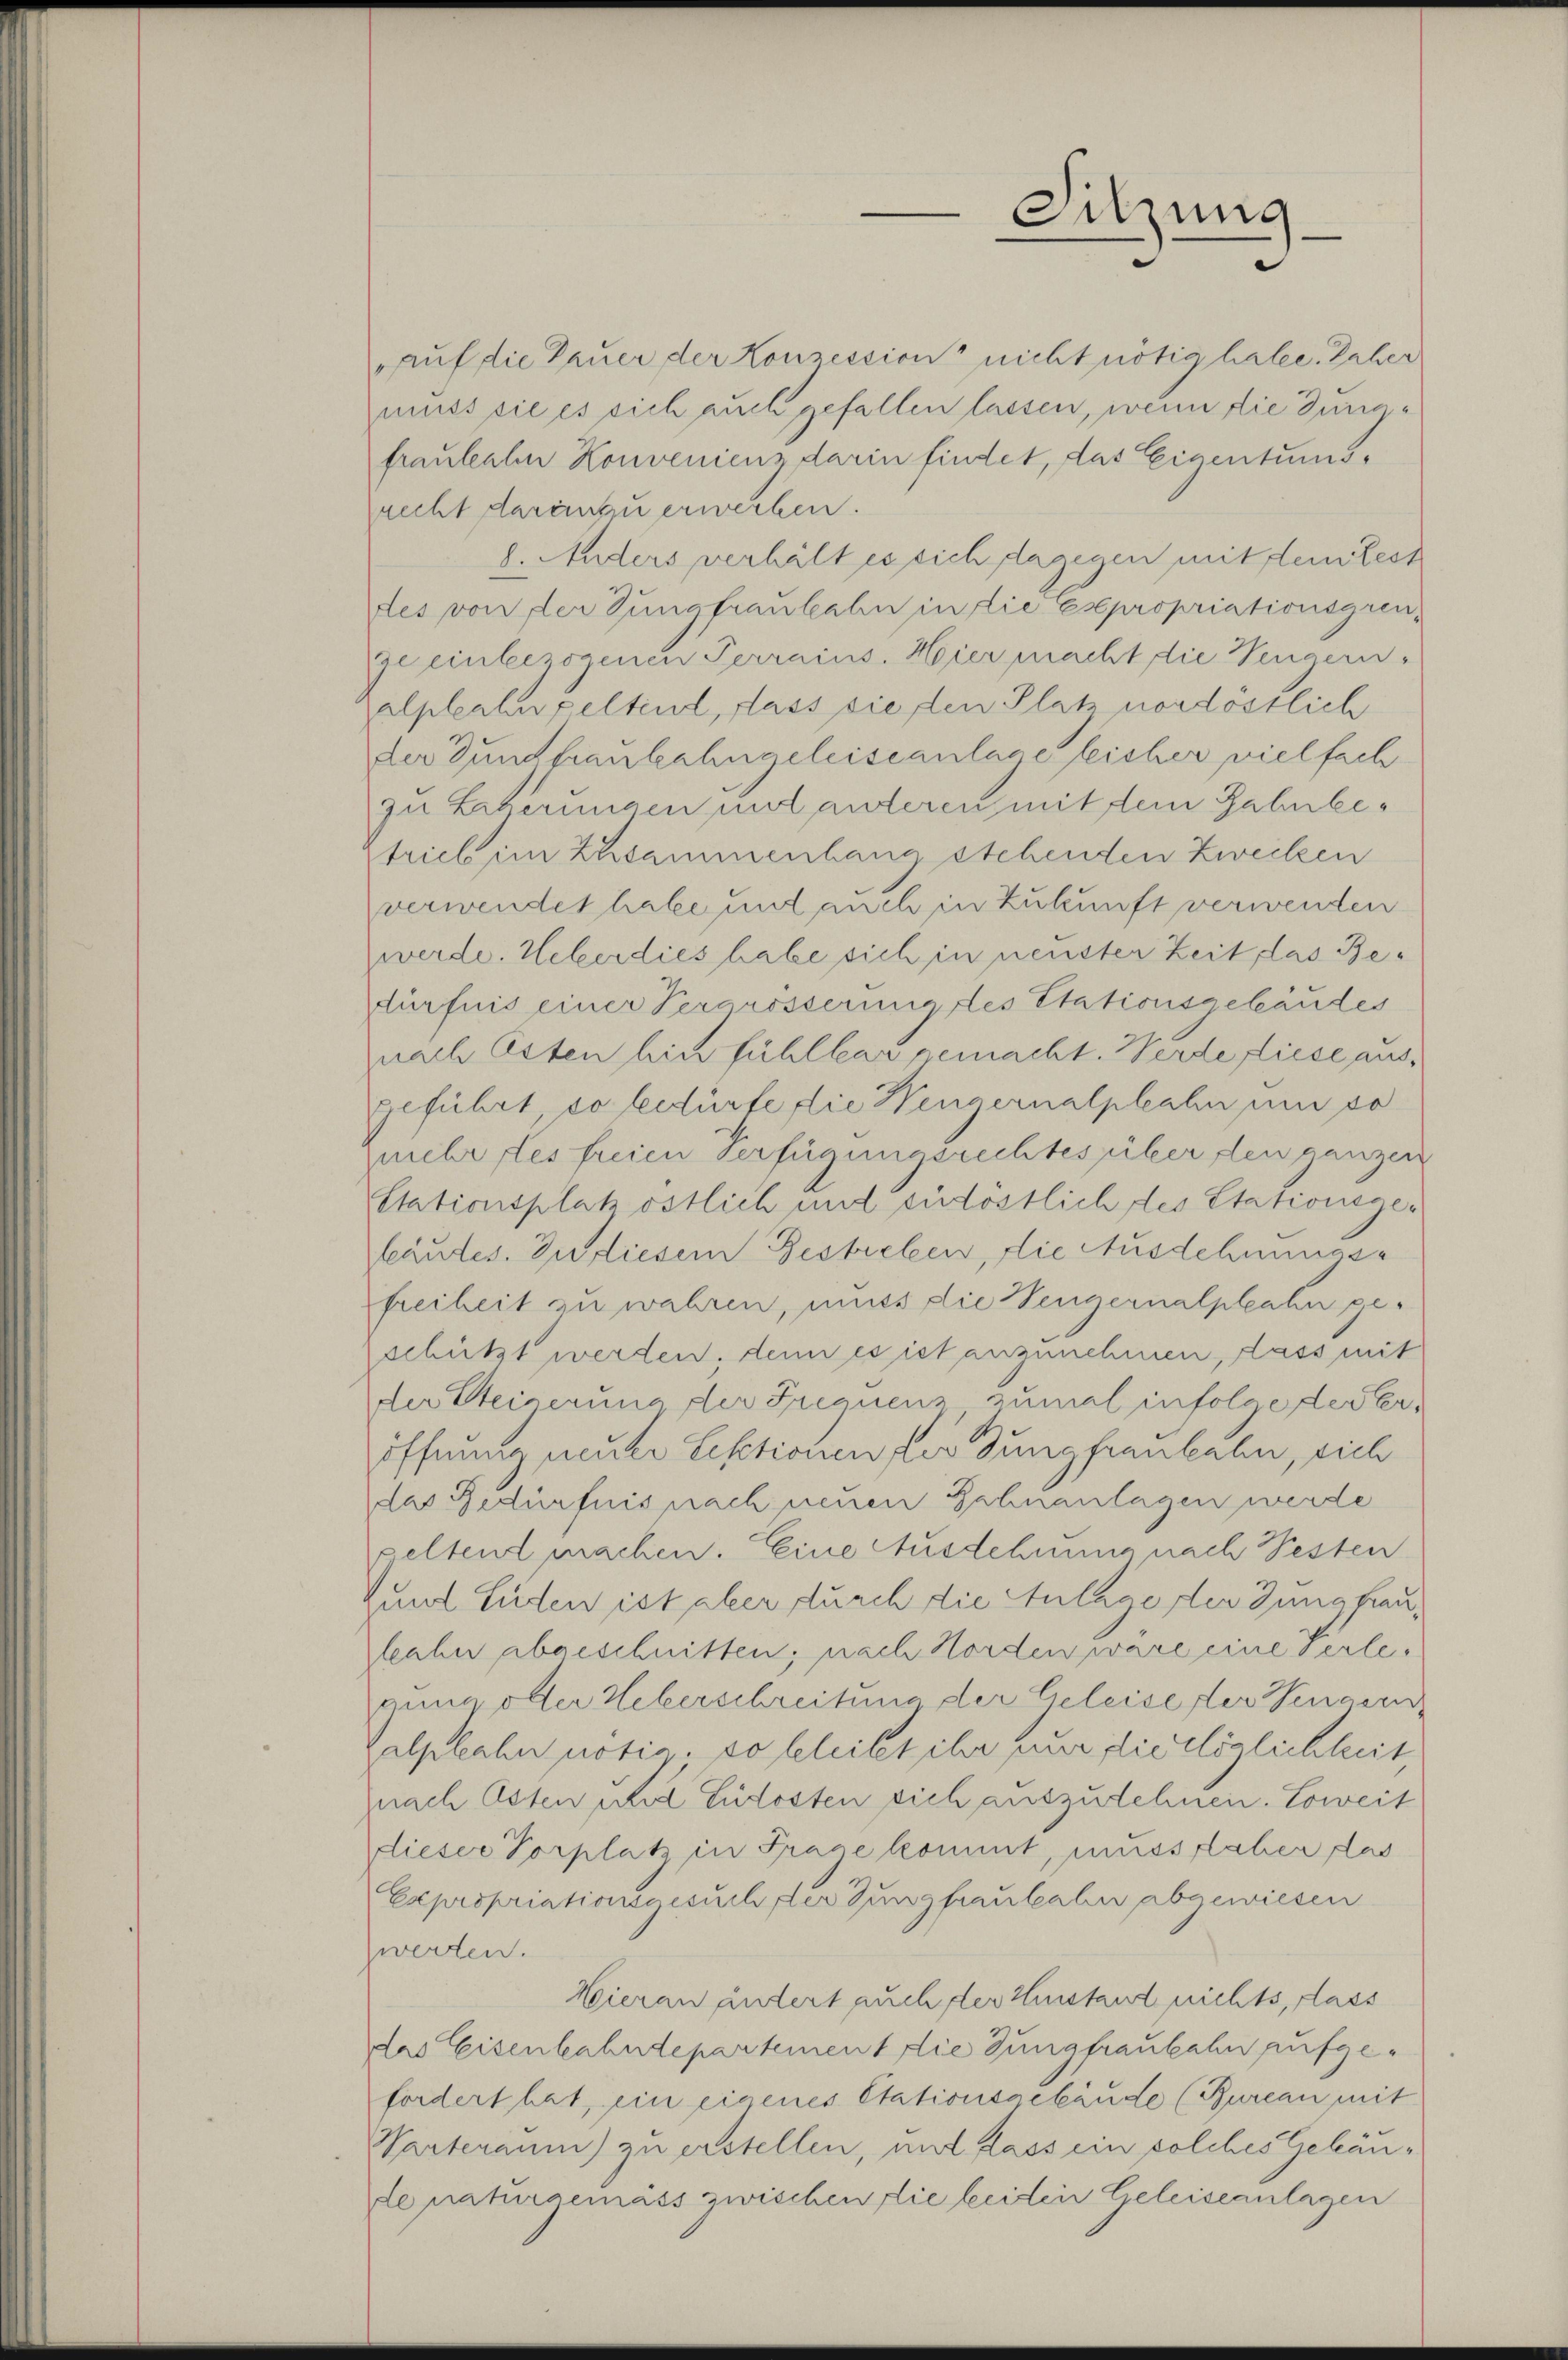
auf die Feuer der Konzession nicht nötig habe. Daher
muss sie es sich auch gefallen lassen, wenn die Dungfraulahen Konvenienz darin findet, das Eigentumsrecht daran zu erwecken.
8. Anders verhält es sich dagegen mit dem Rest
des von der Jungfraubahn in die Expropriationsgren-
je einbezogenen Perrains. Hier macht die Wengern-
alplaturpeltend, dass sie den Platz nordöstlich
der Gundfanbahngeleiseanlage leicher vielfach
zu Literungen und anderen mit dem Bahnbetrieb im Zusammenhang stehenden Zwecken
verwendet habe und auch in Zukunft verwenden
werde. Ueberdies habe sich in neuster Zeit, das Bedürfnis einer Vergrösserung des Stationsgebäudes
nach Osten hin fühlbar gemacht. Werde diese aus,
geführt so bedürfe die Wengernalphahn um so
mehr des freien Verfügungsrechtes über den ganzen
Etationsplatz östlich und südöstlich des Stationsgeleandes. In diesem Gestreben, die Ausdehmmase
freiheit zu wahren, muss die Hengernalphahn geschützt werden, denn es ist anzunehmen, dass mit
der Steinerung der Frequenz zumal infolge dester,
öffnung neuer Lektionen des Jungfraukahn, sich
das Bedürfnis nach neuen Zahnanlagen werde
geltend machen. Eine Ausdehnung nach Pesten
Zurl Luden ist aber durch die Anlage der Jungfraulahn abgeschnitten, nach Horden wäre eine Perlerung oder Ueberschreitung der Geleise der Hingern
Zalphahn notis, so beleitet ihr nur die Möglichkeit
nach Osten und Ludosten sich auszudehnen. Soweit
dieser Vorplatz in Frage kommt, musstlaher das
Expropriationsgesuch, der Jungfraubahn abgewiesen
zwerten.
Hierau ändert auch der Einstand nichts, dass
das Eisenbahndepartement die Jungfraukahn aufgefordert hat, ein eigenes Etationsgebäude (Bureau mit
Warteraum) zu erstellen, mit dass ein solches Gebäude naturaemass zwischen die beiden Geleiseanlagen

Sitzung